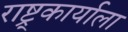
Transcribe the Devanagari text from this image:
राष्ट्र्कार्याला